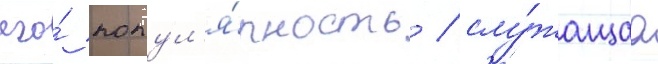
его́ попул'я́рность / слу́жащаа